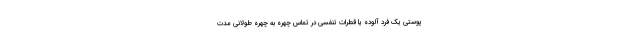
پوستی یک فرد آلوده یا قطرات تنفسی در تماس چهره به چهره طولانی مدت